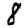
Digit: 8